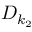
D _ { k _ { 2 } }